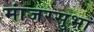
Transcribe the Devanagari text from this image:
मांजरसुभा